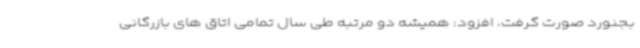
بجنورد صورت گرفت، افزود: همیشه دو مرتبه طی سال تمامی اتاق های بازرگانی